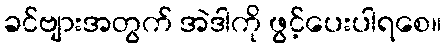
ခင်ဗျားအတွက် အဲဒါကို ဖွင့်ပေးပါရစေ။